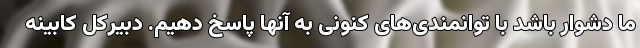
ما دشوار باشد با توانمندی‌های کنونی به آنها پاسخ دهیم. دبیرکل کابینه